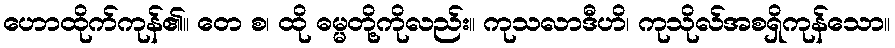
ဟောထိုက်ကုန်၏။ တေ စ၊ ထို ဓမ္မတို့ကိုလည်း။ ကုသလာဒီဟိ၊ ကုသိုလ်အစရှိကုန်သော။